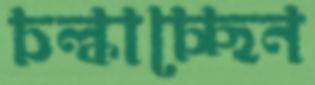
চল্‌কাচ্ছেন